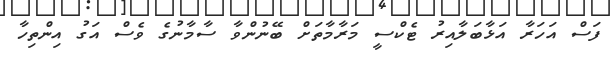
ފަސް އަހަރާ އަޅާބަލާއިރު ޓެކްސީ މަރާމާތަށް ބޭނުންވާ ސާމާނުގެ ވެސް އަގު އިންތިހާ